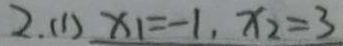
2 . ( 1 ) x _ { 1 } = - 1 , x _ { 2 } = 3